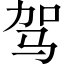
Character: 驾